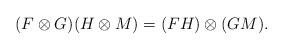
LaTeX: \begin{align*}(F\otimes G)(H\otimes M)=(FH)\otimes(GM).\end{align*}